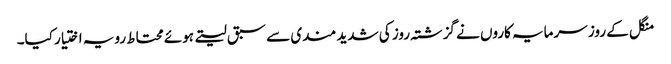
منگل کے روز سرمایہ کاروں نے گزشتہ روز کی شدید مندی سے سبق لیتے ہوئے محتاط رویہ اختیار کیا۔